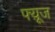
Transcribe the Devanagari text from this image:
फ्य़ूज